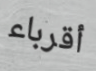
أقرباء